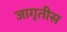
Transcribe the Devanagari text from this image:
जागृतीस